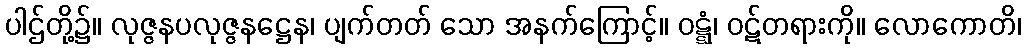
ပါဌ်တို့၌။ လုဇ္ဇနပလုဇ္ဇနဋ္ဌေန၊ ပျက်တတ် သော အနက်ကြောင့်။ ဝဋ္ဋံ၊ ဝဋ်တရားကို။ လောကောတိ၊